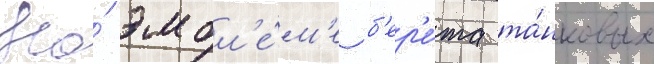
На́ эмбл'е́м'е б'ер'е́та та́нковых